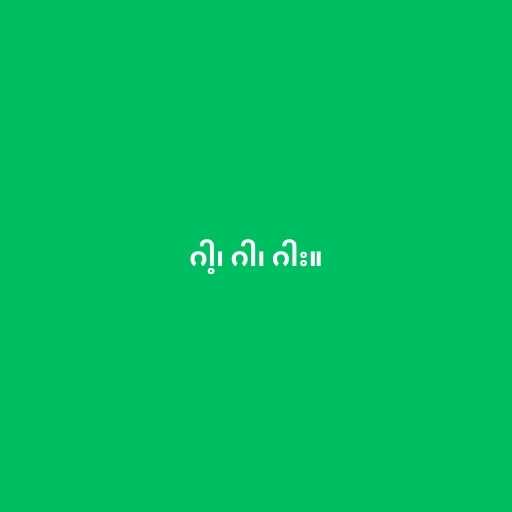
ဂါ့၊ ဂါ၊ ဂါး။